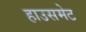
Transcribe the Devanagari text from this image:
हाउसमेट